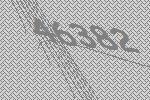
46382